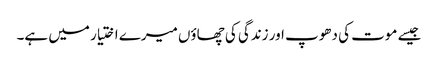
جیسے موت کی دھوپ اور زندگی کی چھاؤں میرے اختیار میں ہے۔